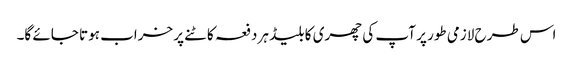
اس طرح لازمی طور پر آپ کی چھری کا بلیڈ ہر دفعہ کاٹنے پر خراب ہوتا جائے گا۔